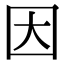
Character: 因